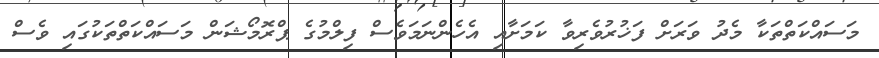
މަސައްކަތްތަކާ މެދު ވަރަށް ފަޚުރުވެރިވާ ކަމަށާއި އެހެންނަމަވެސް ފިލްމުގެ ޕްރޮމޯޝަން މަސައްކަތްތަކުގައި ވެސް